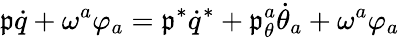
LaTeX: \mathfrak{p}\dot{{q}}+\omega^{a}\varphi_{a}=\mathfrak{p}^{*}\dot{{q}}^{*}+\mathfrak{p}_{\theta}^{a}\dot{{\theta}}_{a}+\omega^{a}\varphi_{a}